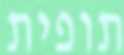
תופית